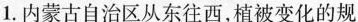
1.内蒙古自治区从东往西，植被变化的规